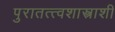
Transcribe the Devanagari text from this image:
पुरातत्त्वशास्त्राशी